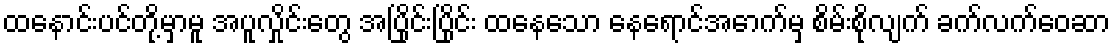
ထနောင်းပင်တို့မှာမူ အပူလှိုင်းတွေ အပြိုင်းပြိုင်း ထနေသော နေရောင်အောက်မှ စိမ်းစိုလျက် ခက်လက်ဝေဆာ